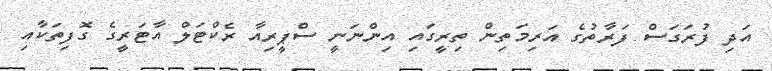
އަދި ފުރަގަސް ފަރާތުގެ އަރިމަތިން ތިރީގައި އިންނަނީ ސްޕީރިއާ ރެކްޓަލް އާޓަރީގެ ގޮފިތަކާއި